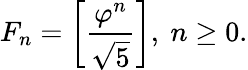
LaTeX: F_{n}=\left[{\frac{\varphi^{n}}{\sqrt{5}}}\right],\ n\geq 0.